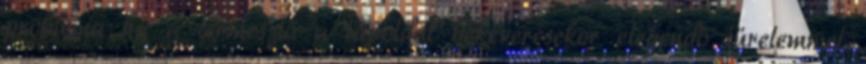
probléma ha a termesztő a tápoldat bekeverésekor elegendő türelemmel